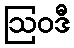
ဩဝဒီ